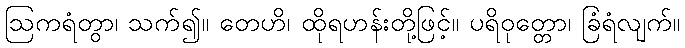
ဩကရံတွာ၊ သက်၍။ တေဟိ၊ ထိုရဟန်းတို့ဖြင့်။ ပရိဝုတ္တော၊ ခြံရံလျက်။